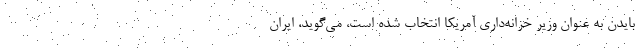
بایدن به عنوان وزیر خزانه‌داری آمریکا انتخاب شده است، می‌گوید، ایران